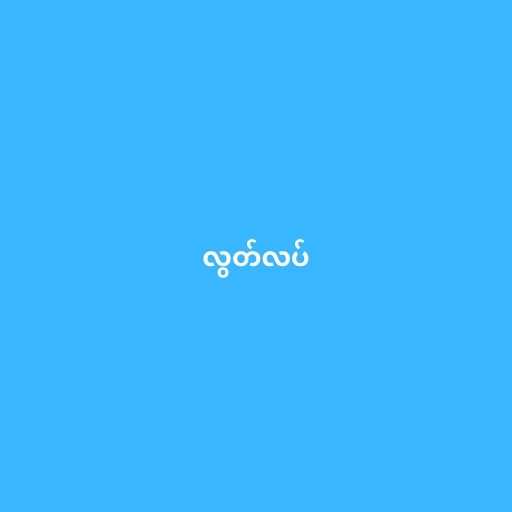
လွတ်လပ်